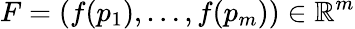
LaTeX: F=(f(p_{1}),\dots,f(p_{m}))\in\mathbb{R}^{m}